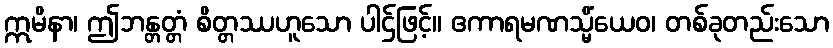
ဣမိနာ၊ ဤဘန္တတ္တံ စိတ္တဿဟူသော ပါဌ်ဖြင့်။ ဧကာရမဏသ္မိံယေဝ၊ တစ်ခုတည်းသော